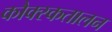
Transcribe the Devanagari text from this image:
कौक्स्कतालन